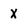
Character: x